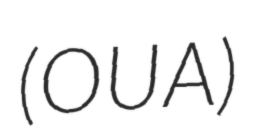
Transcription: (OUA)